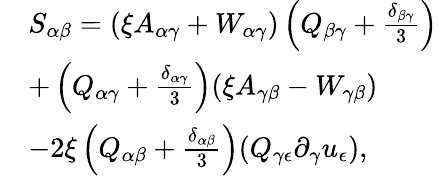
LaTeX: \begin{array}{rl}&{S_{\alpha\beta}=(\xi A_{\alpha\gamma}+W_{\alpha\gamma})\left(Q_{\beta\gamma}+\frac{\delta_{\beta\gamma}}{3}\right)}\\ &{+\left(Q_{\alpha\gamma}+\frac{\delta_{\alpha\gamma}}{3}\right)(\xi A_{\gamma\beta}-W_{\gamma\beta})}\\ &{-2\xi\left(Q_{\alpha\beta}+\frac{\delta_{\alpha\beta}}{3}\right)(Q_{\gamma\epsilon}\partial_{\gamma}u_{\epsilon}),}\end{array}